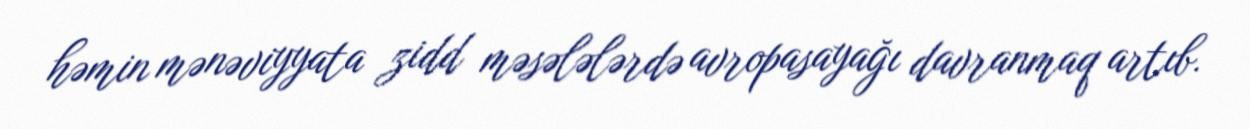
həmin mənəviyyata zidd məsələlərdə avropasayağı davranmaq artıb.